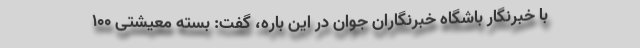
با خبرنگار باشگاه خبرنگاران جوان در این باره، گفت: بسته معیشتی ۱۰۰